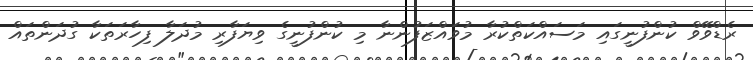
ރެޑްވޭވް ކުންފުނީގައި މަސައްކަތްކުރާ މުވައްޒަފުންނާ މި ކުންފުނީގެ ވިޔަފާރި މުދަލާ ފިހާރަތަކާ ގުދަންތައް